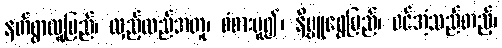
နတ်ရွာလူ့ပြည်၊ လှည့်လည်အတူ၊ စံစားမူ၍၊ နိဗ္ဗူရွှေပြည်၊ ဝင်အံ့သည်တည့်၊